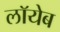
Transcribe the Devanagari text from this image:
लाॅयेब